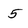
Character: 5